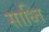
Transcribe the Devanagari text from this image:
साध्ति